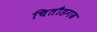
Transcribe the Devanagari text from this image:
चितौडगढ